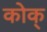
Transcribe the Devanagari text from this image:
कोक्